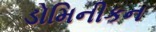
ડોમિનીકન